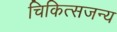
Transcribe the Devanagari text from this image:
चिकित्सजन्य